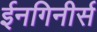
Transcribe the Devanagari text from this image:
ईनगिनीर्स